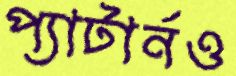
প্যাটার্নও